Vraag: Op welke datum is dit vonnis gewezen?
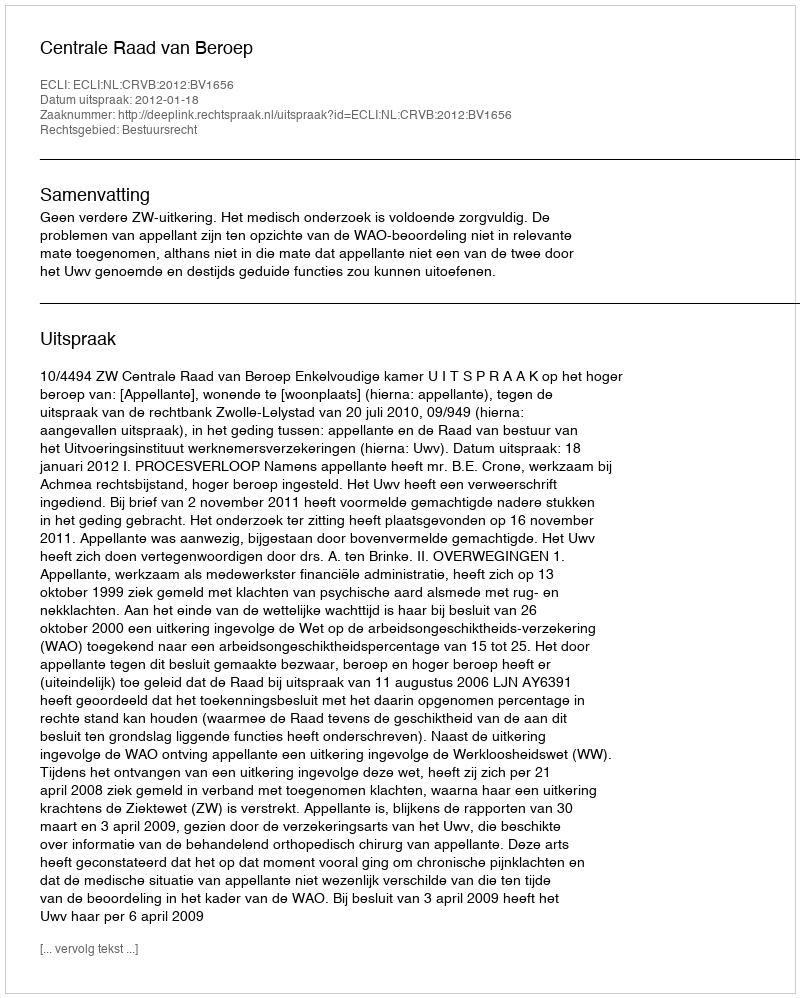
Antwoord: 2012-01-18